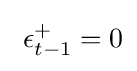
~\epsilon _{t-1}^{+}=0